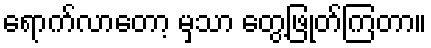
ရောက်လာတော့ မှသာ တွေ့ဖြုတ်ကြတာ။